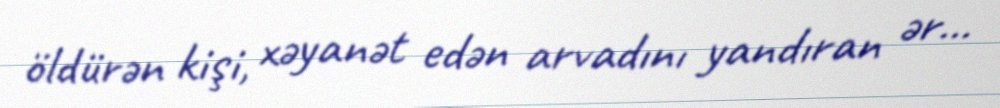
öldürən kişi, xəyanət edən arvadını yandıran ər...